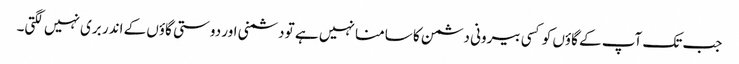
جب تک آپ کے گاؤں کو کسی بیرونی دشمن کا سامنا نہیں ہے تو دشمنی اور دوستی گاؤں کے اندر بری نہیں لگتی۔